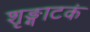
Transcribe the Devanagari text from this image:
शृङ्गाटकं